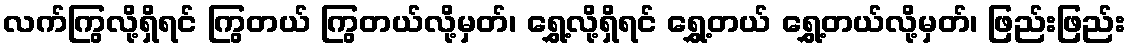
လက်ကြွလို့ရှိရင် ကြွတယ် ကြွတယ်လို့မှတ်၊ ရွှေ့လို့ရှိရင် ရွှေ့တယ် ရွှေ့တယ်လို့မှတ်၊ ဖြည်းဖြည်း